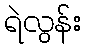
ရဲလွန်း